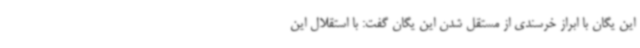
این یگان با ابراز خرسندی از مستقل شدن این یگان گفت: با استقلال این